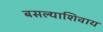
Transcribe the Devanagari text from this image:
बसल्याशिवाय